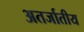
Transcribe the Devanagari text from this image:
अतर्जातीय